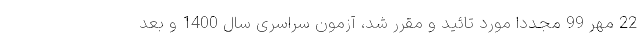
22 مهر 99 مجدداً مورد تائید و مقرر شد، آزمون سراسری سال 1400 و بعد